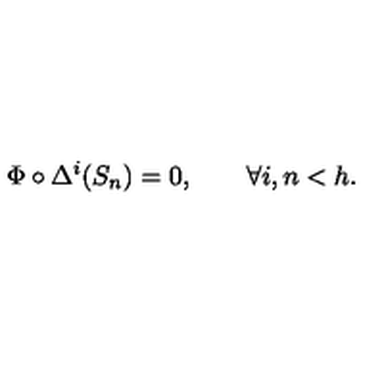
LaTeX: \Phi \circ \Delta ^ { i } ( S _ { n } ) = 0 , \qquad \forall i , n < h .